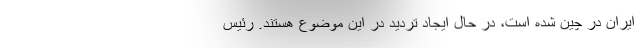
ایران در چین شده است، در حال ایجاد تردید در این موضوع هستند. رئیس